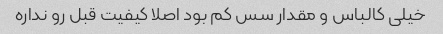
خیلی کالباس و مقدار سس کم بود اصلا کیفیت قبل رو نداره